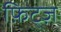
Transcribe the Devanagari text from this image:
फ़िट्ज़